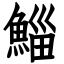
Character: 鯔